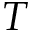
T